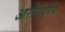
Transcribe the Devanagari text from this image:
आरोग्यदर्पण